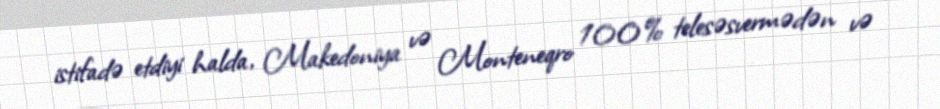
istifadə etdiyi halda, Makedoniya və Monteneqro 100% telesəsvermədən və